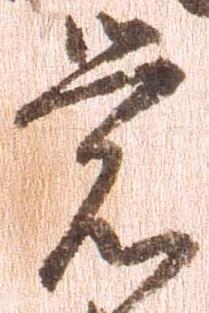
覚